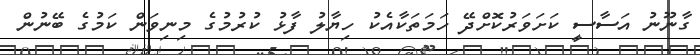
ގާނޫނު އަސާސީ ކަށަވަރުކޮށްދޭ ހަމަތަކާއެކު ހިޔާލު ފާޅު ކުރުމުގެ މިނިވަން ކަމުގެ ބޭނުން